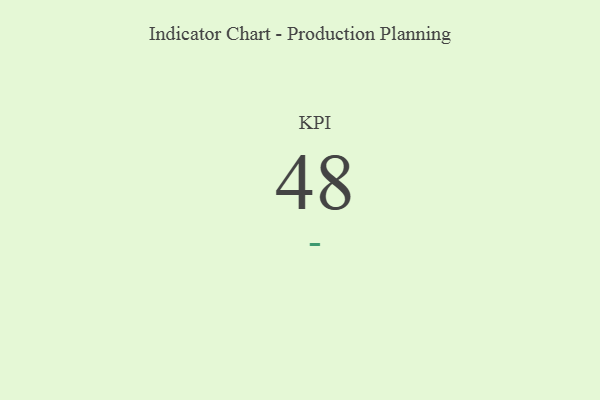
{"axis": {"x": "KPI", "y": "Value"}, "legend": [""], "data": [{"x": "KPI", "y": 48, "type": ""}]}